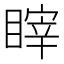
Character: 𰥻